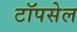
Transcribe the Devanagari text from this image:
टॉपसेल